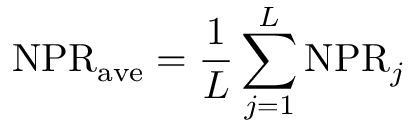
\mathrm { N P R } _ { \mathrm { a v e } } = \frac { 1 } { L } \sum _ { j = 1 } ^ { L } \mathrm { N P R } _ { j }